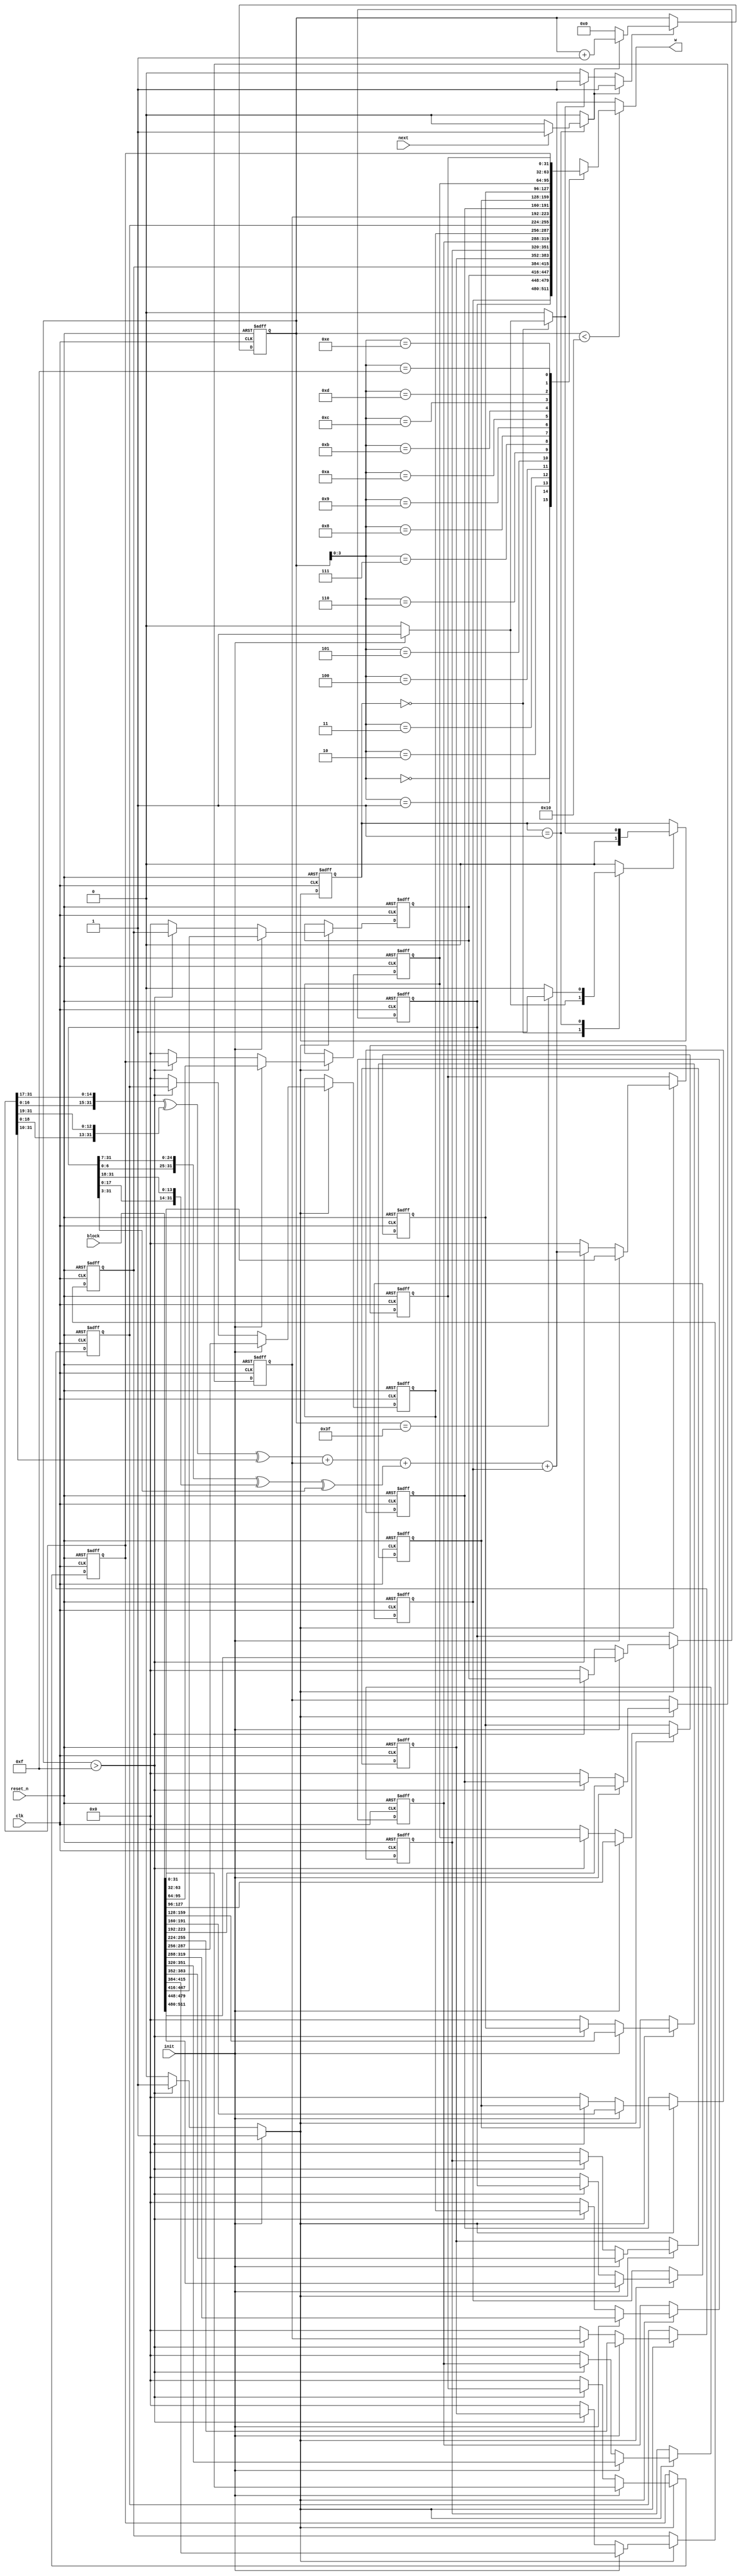
//======================================================================
//
// sha256_w_mem_regs.v
// -------------------
// The W memory. This version uses 16 32-bit registers as a sliding
// window to generate the 64 words.
//
//======================================================================

module sha256_w_mem(
                    input wire           clk,
                    input wire           reset_n,

                    input wire [511 : 0] block,

                    input wire           init,
                    input wire           next,
                    output wire [31 : 0] w
                   );


  //----------------------------------------------------------------
  // Internal constant and parameter definitions.
  //----------------------------------------------------------------
  parameter CTRL_IDLE   = 0;
  parameter CTRL_UPDATE = 1;


  //----------------------------------------------------------------
  // Registers including update variables and write enable.
  //----------------------------------------------------------------
  reg [31 : 0] w_mem [0 : 15];
  reg [31 : 0] w_mem00_new;
  reg [31 : 0] w_mem01_new;
  reg [31 : 0] w_mem02_new;
  reg [31 : 0] w_mem03_new;
  reg [31 : 0] w_mem04_new;
  reg [31 : 0] w_mem05_new;
  reg [31 : 0] w_mem06_new;
  reg [31 : 0] w_mem07_new;
  reg [31 : 0] w_mem08_new;
  reg [31 : 0] w_mem09_new;
  reg [31 : 0] w_mem10_new;
  reg [31 : 0] w_mem11_new;
  reg [31 : 0] w_mem12_new;
  reg [31 : 0] w_mem13_new;
  reg [31 : 0] w_mem14_new;
  reg [31 : 0] w_mem15_new;
  reg          w_mem_we;

  reg [5 : 0] w_ctr_reg;
  reg [5 : 0] w_ctr_new;
  reg         w_ctr_we;
  reg         w_ctr_inc;
  reg         w_ctr_rst;

  reg [1 : 0]  sha256_w_mem_ctrl_reg;
  reg [1 : 0]  sha256_w_mem_ctrl_new;
  reg          sha256_w_mem_ctrl_we;


  //----------------------------------------------------------------
  // Wires.
  //----------------------------------------------------------------
  reg [31 : 0] w_tmp;
  reg [31 : 0] w_new;


  //----------------------------------------------------------------
  // Concurrent connectivity for ports etc.
  //----------------------------------------------------------------
  assign w = w_tmp;


  //----------------------------------------------------------------
  // reg_update
  // Update functionality for all registers in the core.
  // All registers are positive edge triggered with synchronous
  // active low reset. All registers have write enable.
  //----------------------------------------------------------------
  always @ (posedge clk or negedge reset_n)
    begin : reg_update
      if (!reset_n)
        begin
          w_mem[00]             <= 32'h0;
          w_mem[01]             <= 32'h0;
          w_mem[02]             <= 32'h0;
          w_mem[03]             <= 32'h0;
          w_mem[04]             <= 32'h0;
          w_mem[05]             <= 32'h0;
          w_mem[06]             <= 32'h0;
          w_mem[07]             <= 32'h0;
          w_mem[08]             <= 32'h0;
          w_mem[09]             <= 32'h0;
          w_mem[10]             <= 32'h0;
          w_mem[11]             <= 32'h0;
          w_mem[12]             <= 32'h0;
          w_mem[13]             <= 32'h0;
          w_mem[14]             <= 32'h0;
          w_mem[15]             <= 32'h0;
          w_ctr_reg             <= 6'h00;
          sha256_w_mem_ctrl_reg <= CTRL_IDLE;
        end
      else
        begin
          if (w_mem_we)
            begin
              w_mem[00] <= w_mem00_new;
              w_mem[01] <= w_mem01_new;
              w_mem[02] <= w_mem02_new;
              w_mem[03] <= w_mem03_new;
              w_mem[04] <= w_mem04_new;
              w_mem[05] <= w_mem05_new;
              w_mem[06] <= w_mem06_new;
              w_mem[07] <= w_mem07_new;
              w_mem[08] <= w_mem08_new;
              w_mem[09] <= w_mem09_new;
              w_mem[10] <= w_mem10_new;
              w_mem[11] <= w_mem11_new;
              w_mem[12] <= w_mem12_new;
              w_mem[13] <= w_mem13_new;
              w_mem[14] <= w_mem14_new;
              w_mem[15] <= w_mem15_new;
            end

          if (w_ctr_we)
            w_ctr_reg <= w_ctr_new;

          if (sha256_w_mem_ctrl_we)
            sha256_w_mem_ctrl_reg <= sha256_w_mem_ctrl_new;
        end
    end // reg_update


  //----------------------------------------------------------------
  // select_w
  //
  // Mux for the external read operation. This is where we exract
  // the W variable.
  //----------------------------------------------------------------
  always @*
    begin : select_w
      if (w_ctr_reg < 16)
        begin
          w_tmp = w_mem[w_ctr_reg[3 : 0]];
        end
      else
        begin
          w_tmp = w_new;
        end
    end // select_w


  //----------------------------------------------------------------
  // w_new_logic
  //
  // Logic that calculates the next value to be inserted into
  // the sliding window of the memory.
  //----------------------------------------------------------------
  always @*
    begin : w_mem_update_logic
      reg [31 : 0] w_0;
      reg [31 : 0] w_1;
      reg [31 : 0] w_9;
      reg [31 : 0] w_14;
      reg [31 : 0] d0;
      reg [31 : 0] d1;

      w_mem00_new = 32'h0;
      w_mem01_new = 32'h0;
      w_mem02_new = 32'h0;
      w_mem03_new = 32'h0;
      w_mem04_new = 32'h0;
      w_mem05_new = 32'h0;
      w_mem06_new = 32'h0;
      w_mem07_new = 32'h0;
      w_mem08_new = 32'h0;
      w_mem09_new = 32'h0;
      w_mem10_new = 32'h0;
      w_mem11_new = 32'h0;
      w_mem12_new = 32'h0;
      w_mem13_new = 32'h0;
      w_mem14_new = 32'h0;
      w_mem15_new = 32'h0;
      w_mem_we    = 0;

      w_0  = w_mem[0];
      w_1  = w_mem[1];
      w_9  = w_mem[9];
      w_14 = w_mem[14];

      d0 = {w_1[6  : 0], w_1[31 :  7]} ^
           {w_1[17 : 0], w_1[31 : 18]} ^
           {3'b000, w_1[31 : 3]};

      d1 = {w_14[16 : 0], w_14[31 : 17]} ^
           {w_14[18 : 0], w_14[31 : 19]} ^
           {10'b0000000000, w_14[31 : 10]};

      w_new = d1 + w_9 + d0 + w_0;

      if (init)
        begin
          w_mem00_new = block[511 : 480];
          w_mem01_new = block[479 : 448];
          w_mem02_new = block[447 : 416];
          w_mem03_new = block[415 : 384];
          w_mem04_new = block[383 : 352];
          w_mem05_new = block[351 : 320];
          w_mem06_new = block[319 : 288];
          w_mem07_new = block[287 : 256];
          w_mem08_new = block[255 : 224];
          w_mem09_new = block[223 : 192];
          w_mem10_new = block[191 : 160];
          w_mem11_new = block[159 : 128];
          w_mem12_new = block[127 :  96];
          w_mem13_new = block[95  :  64];
          w_mem14_new = block[63  :  32];
          w_mem15_new = block[31  :   0];
          w_mem_we    = 1;
        end
      else if (w_ctr_reg > 15)
        begin
          w_mem00_new = w_mem[01];
          w_mem01_new = w_mem[02];
          w_mem02_new = w_mem[03];
          w_mem03_new = w_mem[04];
          w_mem04_new = w_mem[05];
          w_mem05_new = w_mem[06];
          w_mem06_new = w_mem[07];
          w_mem07_new = w_mem[08];
          w_mem08_new = w_mem[09];
          w_mem09_new = w_mem[10];
          w_mem10_new = w_mem[11];
          w_mem11_new = w_mem[12];
          w_mem12_new = w_mem[13];
          w_mem13_new = w_mem[14];
          w_mem14_new = w_mem[15];
          w_mem15_new = w_new;
          w_mem_we    = 1;
        end
    end // w_mem_update_logic


  //----------------------------------------------------------------
  // w_ctr
  // W schedule adress counter. Counts from 0x10 to 0x3f and
  // is used to expand the block into words.
  //----------------------------------------------------------------
  always @*
    begin : w_ctr
      w_ctr_new = 0;
      w_ctr_we  = 0;

      if (w_ctr_rst)
        begin
          w_ctr_new = 6'h00;
          w_ctr_we  = 1;
        end

      if (w_ctr_inc)
        begin
          w_ctr_new = w_ctr_reg + 6'h01;
          w_ctr_we  = 1;
        end
    end // w_ctr


  //----------------------------------------------------------------
  // sha256_w_mem_fsm
  // Logic for the w shedule FSM.
  //----------------------------------------------------------------
  always @*
    begin : sha256_w_mem_fsm
      w_ctr_rst = 0;
      w_ctr_inc = 0;

      sha256_w_mem_ctrl_new = CTRL_IDLE;
      sha256_w_mem_ctrl_we  = 0;

      case (sha256_w_mem_ctrl_reg)
        CTRL_IDLE:
          begin
            if (init)
              begin
                w_ctr_rst             = 1;
                sha256_w_mem_ctrl_new = CTRL_UPDATE;
                sha256_w_mem_ctrl_we  = 1;
              end
          end

        CTRL_UPDATE:
          begin
            if (next)
              begin
                w_ctr_inc = 1;
              end

            if (w_ctr_reg == 6'h3f)
              begin
                sha256_w_mem_ctrl_new = CTRL_IDLE;
                sha256_w_mem_ctrl_we  = 1;
              end
          end
      endcase // case (sha256_ctrl_reg)
    end // sha256_ctrl_fsm

endmodule // sha256_w_mem

//======================================================================
// sha256_mem.v